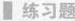
练习题